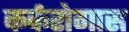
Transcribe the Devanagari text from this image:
कर्करोगास